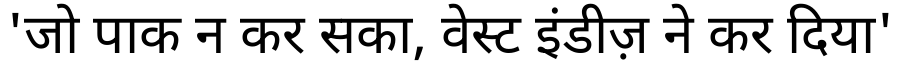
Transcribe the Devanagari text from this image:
'जो पाक न कर सका, वेस्ट इंडीज़ ने कर दिया'